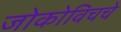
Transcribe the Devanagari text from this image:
जोकोविचचे